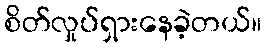
စိတ်လှုပ်ရှားနေခဲ့တယ်။